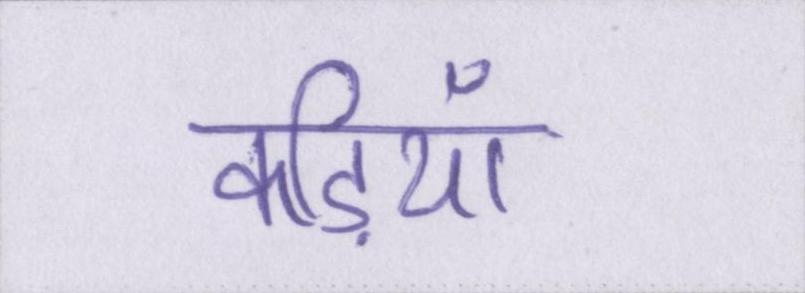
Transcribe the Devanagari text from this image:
कड़ियाँ